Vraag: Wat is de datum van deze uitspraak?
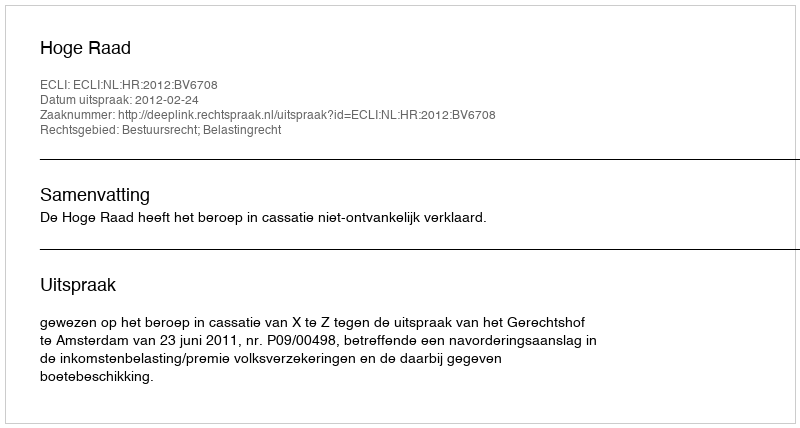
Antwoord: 2012-02-24